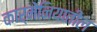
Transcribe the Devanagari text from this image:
कार्मेनियातील